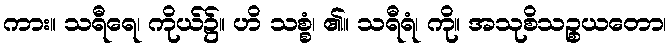
ကား။ သရီရေ၊ ကိုယ်၌။ ဟိ သစ္စံ၊ ၏။ သရီရံ၊ ကို။ အသုစိသဉ္စယတော၊